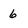
Character: 6